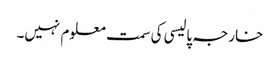
خارجہ پالیسی کی سمت معلوم نہیں۔